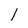
Character: 1